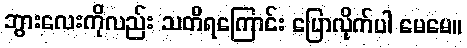
ဘွားလေးကိုလည်း သတိရကြောင်း ပြောလိုက်ပါ မေမေ။